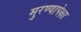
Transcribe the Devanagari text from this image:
मुरण्यापेक्षा